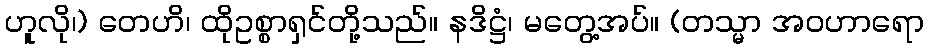
ဟူလို၊) တေဟိ၊ ထိုဥစ္စာရှင်တို့သည်။ နဒိဋ္ဌံ၊ မတွေ့အပ်။ (တသ္မာ အဝဟာရော